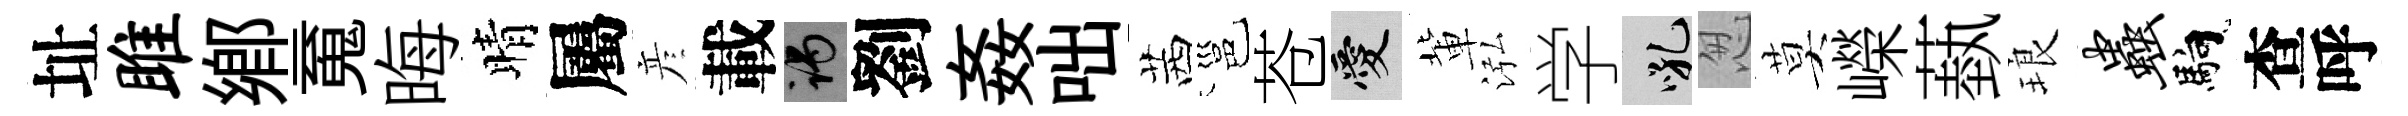
址雎鄕䰟晦晴屬彦載谒劉姦咄茜邕苍愛軰泓学吼怱莫嶸蓺琅虫馿查呼